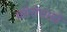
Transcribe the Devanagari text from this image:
कोरोनाडो